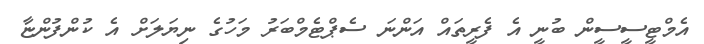
އެމްޓީސީސީން ބުނީ އެ ފެރީތައް އަންނަ ސެޕްޓެމްބަރު މަހުގެ ނިޔަލަށް އެ ކުންފުންޏާ